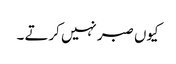
کیوں صبر نہیں کرتے ۔